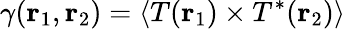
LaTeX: \gamma({\mathbf{r}}_{1},{\mathbf{r}}_{2})=\langle T({\mathbf{r}}_{1})\times{{T}^{*}}({\mathbf{r}}_{2})\rangle